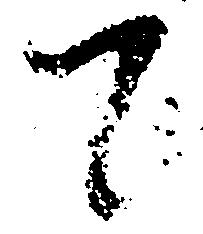
て